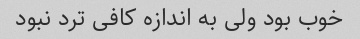
خوب بود ولی به اندازه کافی ترد نبود